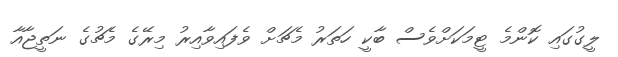
ލީގުގައި ކޮންމެ ޓީމަކަށްވެސް ބާކީ ހަތަރު މެޗަށް ވެފައިވާއިރު މިރޭގެ މެޗުގެ ނަތީޖާއާ